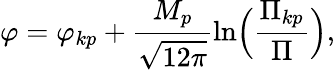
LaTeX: \varphi={\varphi_{kp}}+\frac{M_{p}}{\sqrt{12\pi}}\ln\Bigl(\frac{{\Pi}_{kp}}{\Pi}\Bigr),